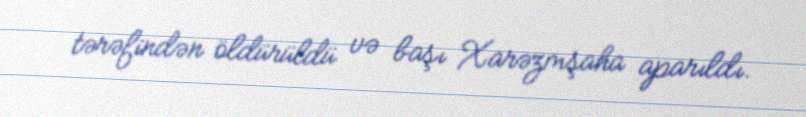
tərəfindən öldürüldü və başı Xarəzmşaha aparıldı.